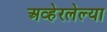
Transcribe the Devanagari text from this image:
अव्हेरलेल्या